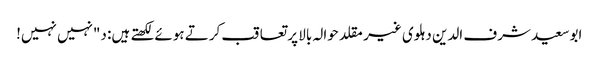
ابوسعید شرف الدین دہلوی غیر مقلد حوالہ بالا پر تعاقب کرتے ہوئے لکھتے ہیں: د"نہیں نہیں!